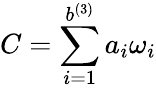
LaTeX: C=\displaystyle\sum_{i=1}^{b^{(3)}}a_{i}\omega_{i}